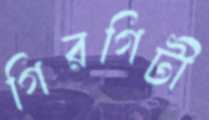
গিরগিটী